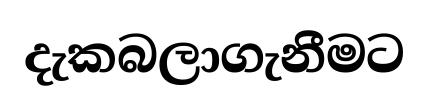
දැකබලාගැනීමට